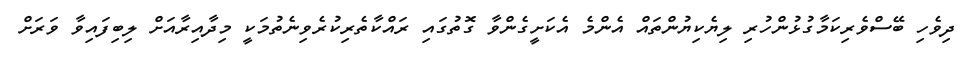
ދިވެހި ބޭސްވެރިކަމާގުޅުންހުރި ލިޔެކިޔުންތައް އެންމެ އެކަށީގެންވާ ގޮތުގައި ރައްކާތެރިކުރެވިނެތުމަކީ މިދާއިރާއަށް ލިބިފައިވާ ވަރަށް